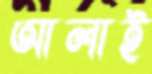
আলাই